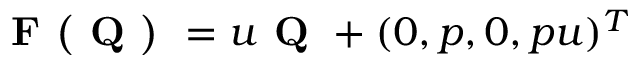
\textbf { F ( Q ) } = u \textbf { Q } + ( 0 , p , 0 , p u ) ^ { T }